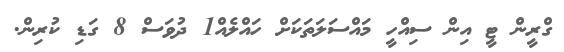
ގްރީން ޓީ އިން ސިއްހީ މައްސަލަތަކަށް ހައްލެއް1 ދުވަސް 8 ގަޑި ކުރިން.